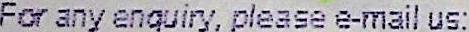
FOR ANY ENQUIRY, PLEASE E-MAIL US: